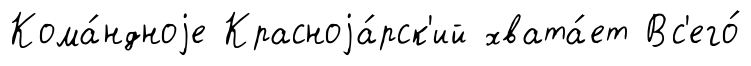
Кома́ндноjе Красноjа́рск'ий хвата́ет Вс'его́